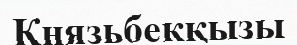
Князьбекқызы